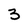
Character: 3